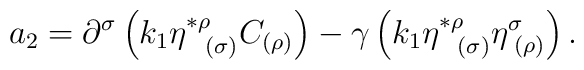
a_{2}=\partial ^{\sigma }\left( k_{1}\eta _{\;\;\;(\sigma )}^{*\rho}C_{(\rho )}\right) -\gamma \left( k_{1}\eta _{\;\;\;(\sigma )}^{*\rho }\eta_{\;(\rho )}^{\sigma }\right) .